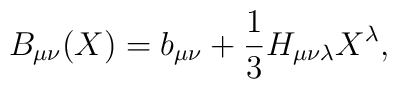
B_{\mu \nu}(X)= b_{\mu \nu} + \frac{1}{3} H_{\mu \nu \lambda} X^{\lambda},